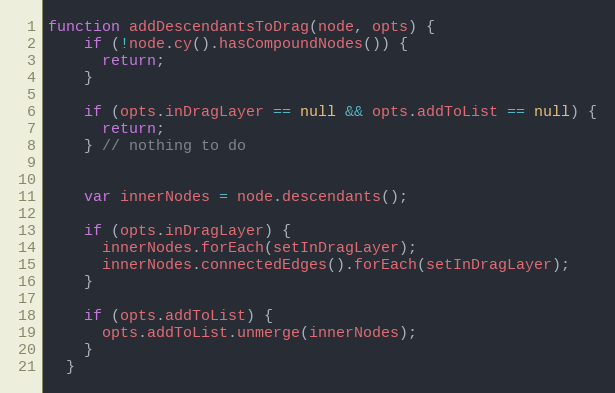
Language: JavaScript
function addDescendantsToDrag(node, opts) {
    if (!node.cy().hasCompoundNodes()) {
      return;
    }

    if (opts.inDragLayer == null && opts.addToList == null) {
      return;
    } // nothing to do

    var innerNodes = node.descendants();

    if (opts.inDragLayer) {
      innerNodes.forEach(setInDragLayer);
      innerNodes.connectedEdges().forEach(setInDragLayer);
    }

    if (opts.addToList) {
      opts.addToList.unmerge(innerNodes);
    }
  }